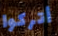
أتركوا